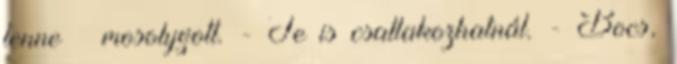
lenne – mosolygott. - Te is csatlakozhatnál. - Bocs,